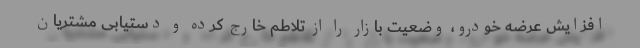
افزایش عرضه خودرو، وضعیت بازار را از تلاطم خارج کرده و دستیابی مشتریان